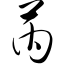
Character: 芮